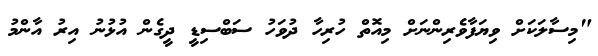
"މިސާލަކަށް ވިޔަފާވެރިންނަށް މިއޮތް ހުރިހާ ދުވަހު ސަބްސިޑީ ދީގެން އުޅުނު އިރު އާންމު